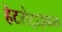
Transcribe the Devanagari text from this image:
हेटरोट्राइकस